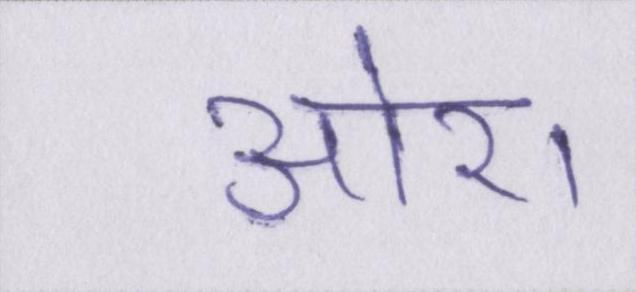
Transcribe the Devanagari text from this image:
ओर।